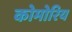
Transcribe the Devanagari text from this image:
कोमोरिय